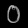
Digit: ၀